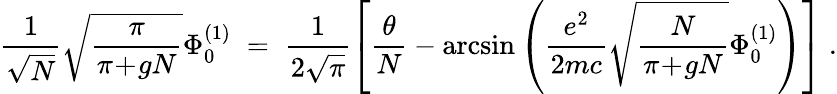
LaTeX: \frac{1}{\sqrt{N}}\sqrt{\frac{\pi}{\pi\! +\! gN}}\Phi_{0}^{(1)}\; =\; \frac{1}{2\sqrt{\pi}}\left[\frac{\theta}{N}-\arcsin\left(\frac{e^{2}}{2mc}\sqrt{\frac{N}{\pi\! +\! gN}}\Phi_{0}^{(1)}\right)\right]\; .